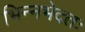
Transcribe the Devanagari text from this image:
भिन्नभेदतः